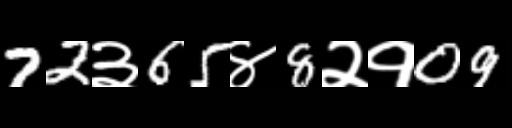
Text: 72३65४8२१09